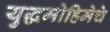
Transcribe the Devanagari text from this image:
युद्धमोहिमेचे